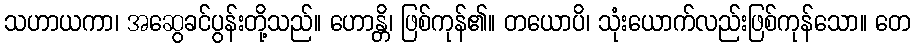
သဟာယကာ၊ အဆွေခင်ပွန်းတို့သည်။ ဟောန္တိ၊ ဖြစ်ကုန်၏။ တယောပိ၊ သုံးယောက်လည်းဖြစ်ကုန်သော။ တေ